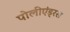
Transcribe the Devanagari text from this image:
पोलीएंड्रस